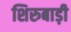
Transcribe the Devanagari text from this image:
शिरुबाड़ी